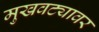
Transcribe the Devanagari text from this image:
मुखवट्यावर